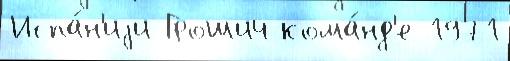
Испа́н'иjи Грошич кома́нд'е 1971